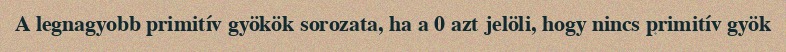
A legnagyobb primitív gyökök sorozata, ha a 0 azt jelöli, hogy nincs primitív gyök